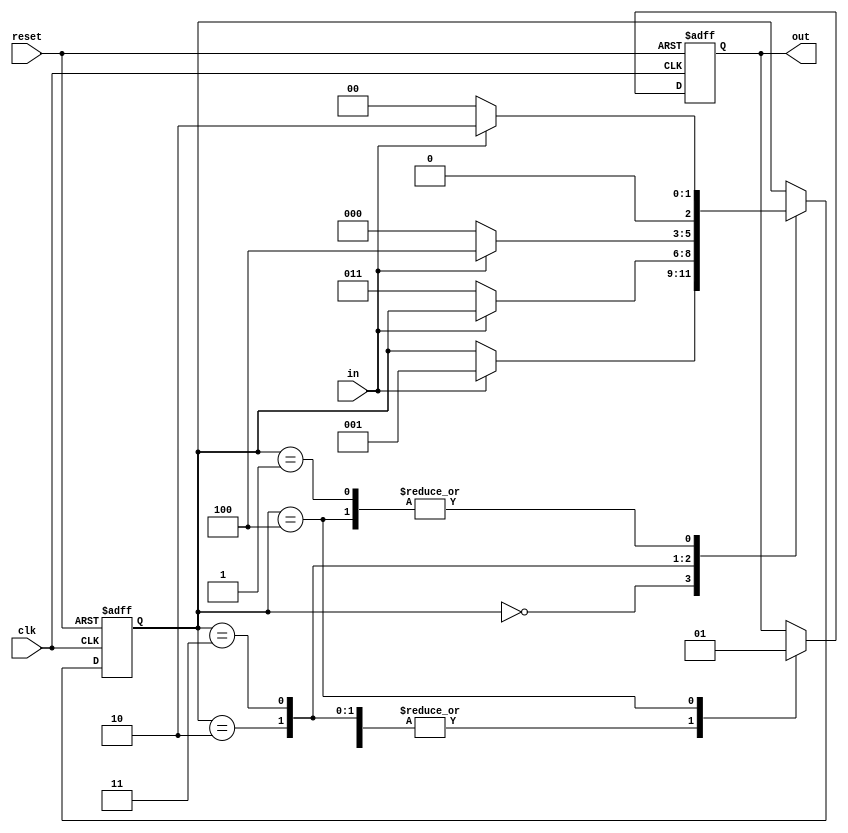
module Moore1101(input clk,
                   input reset,
                   input in,
                   output reg out);  
  
// Define the states
  parameter [2:0] S0 = 3'b000;
  parameter [2:0] S1 = 3'b001;
  parameter [2:0] S2 = 3'b010;
  parameter [2:0] S3 = 3'b011;
  parameter [2:0] S4 = 3'b100;
  
  reg [2:0] state;
  
  // Sequential logic for state transition
  always @(posedge clk or posedge reset) begin
    if(reset) begin
      out <= 1'b0;
      state <= S0;
    end
    else
      begin
      case(state)
        S0: begin
          out <=1'b0;
          if(in)
            state <= S1;
        end
        S1: begin
          out <= 1'b0;
          if(in)  
            state <= S2;
          else
            state <= S0;
        end
        S2: begin
          out <= 1'b0;
          if(~in)
            state <= S3;
        end
        S3: begin
          out <= 1'b0;
          if(in)
            state <= S4;
          else
            state <= S0;
        end
        S4: begin
          out <= 1'b1;
          if(in)
            state <= S2;
          else
            state <= S0;
        end
      endcase
    end
  end
endmodule